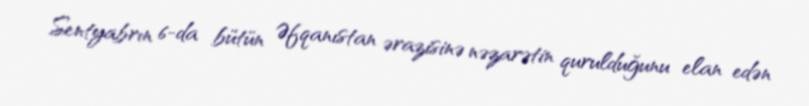
Sentyabrın 6-da bütün Əfqanıstan ərazisinə nəzarətin qurulduğunu elan edən